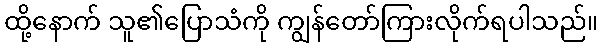
ထို့နောက် သူ၏ပြောသံကို ကျွန်တော်ကြားလိုက်ရပါသည်။